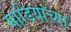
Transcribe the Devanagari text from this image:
माडियांच्या